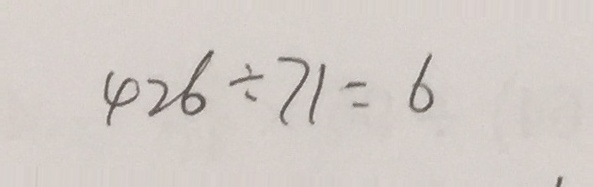
4 2 6 \div 7 1 = 6